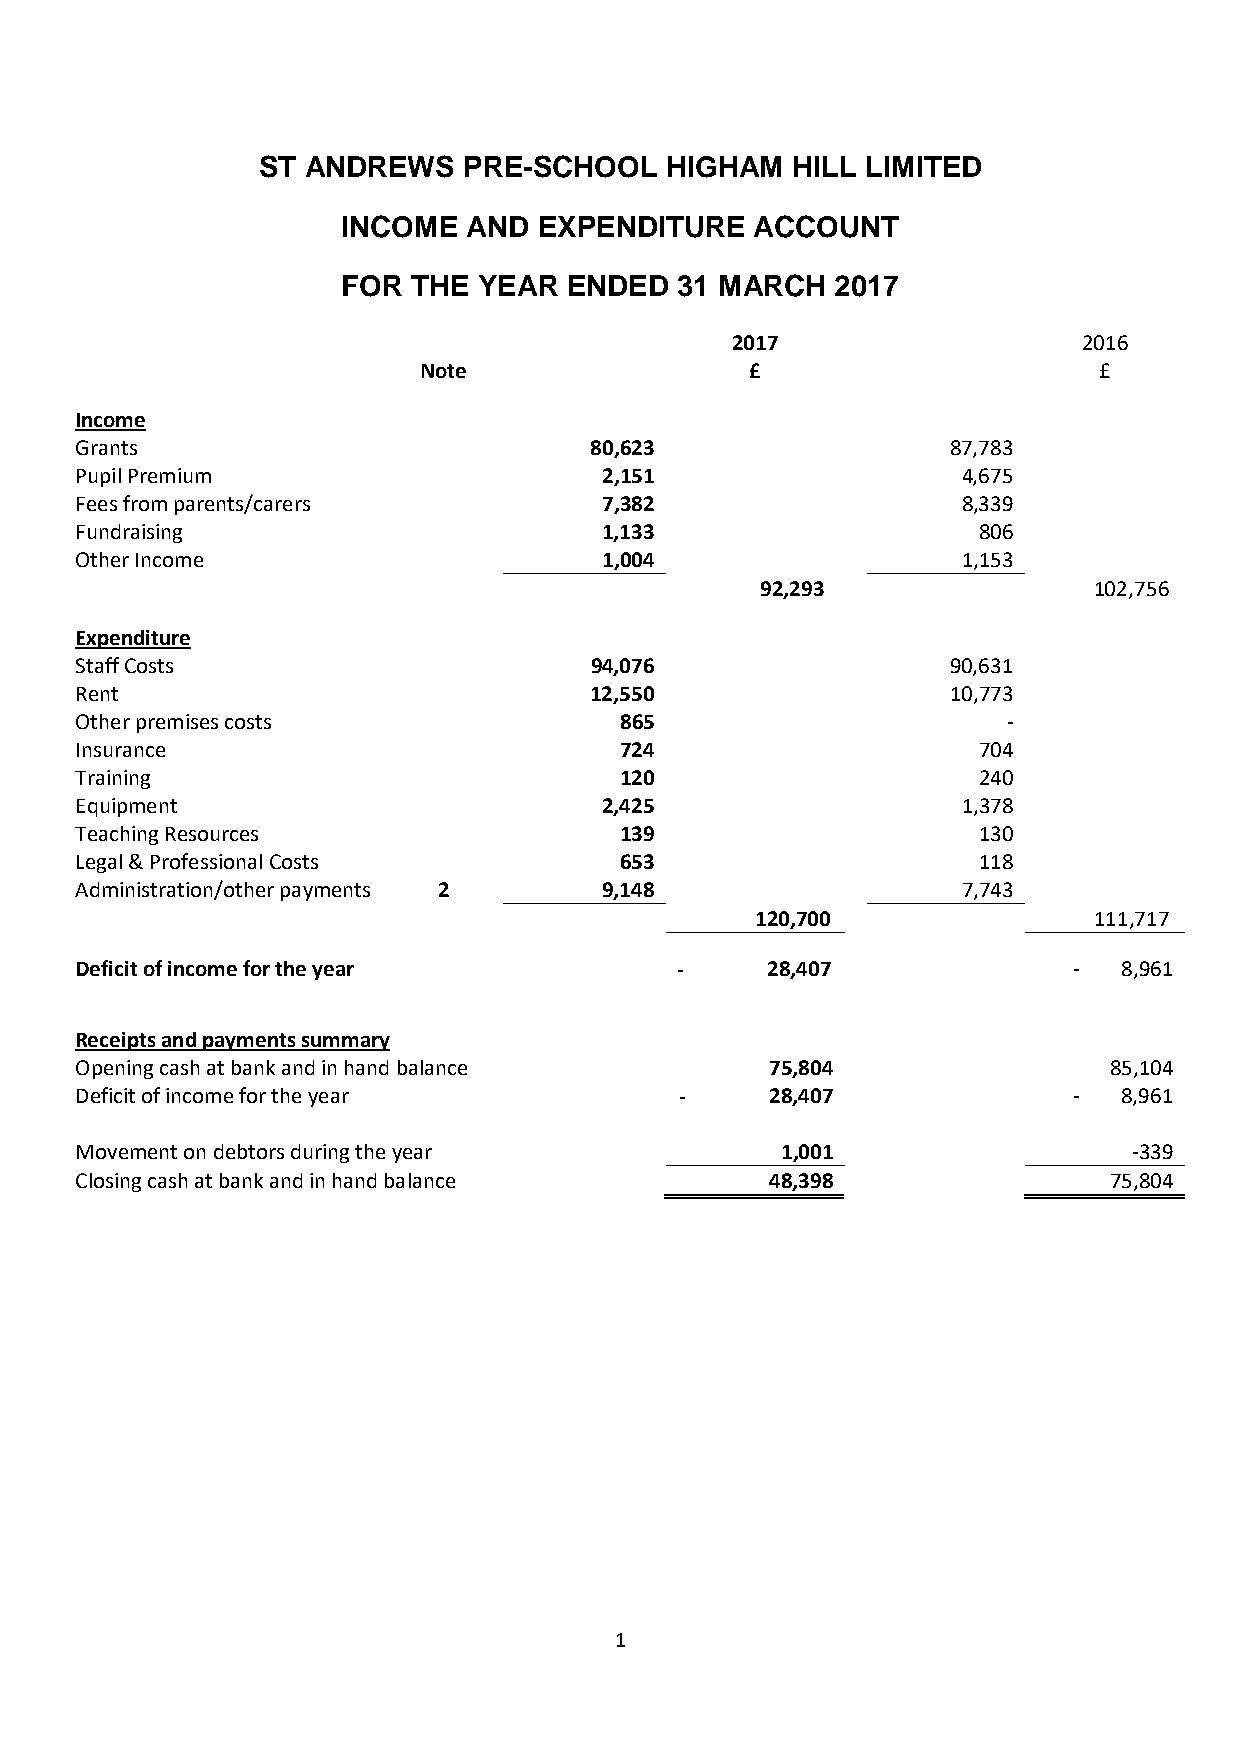
ST ANDREWS    PRE-SCHOOL   HIGHAM  HILL LIMITED
 INCOME  AND  EXPENDITURE   ACCOUNT
 FOR THE  YEAR  ENDED  31 MARCH  2017
 2017                    2016
 Note                  £                      £
 Income
 Grants                            80,623                  87,783
 Pupil Premium                      2,151                   4,675
 Fees from parents/carers           7,382                   8,339
 Fundraising                        1,133                    806
 Other Income                       1,004                   1,153
 92,293                102,756
 Expenditure
 Staff Costs                       94,076                  90,631
 Rent                              12,550                  10,773
 Other premises costs                865                       -
 Insurance                           724                     704
 Training                            120                     240
 Equipment                          2,425                   1,378
 Teaching Resources                  139                     130
 Legal & Professional Costs          653                     118
 Administration/other payments 2    9,148                   7,743
 120,700               111,717
 Deficitof income for the year           -     28,407              -  8,961
 Receipts and payments summary
 Opening cash at bank and in hand balance      75,804                85,104
 Deficitof income for the year           -     28,407              -  8,961
 Movement on debtors during the year            1,001                  -339
 Closing cash at bank and in hand balance      48,398                75,804
 1